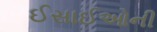
ઈસાઈઓની